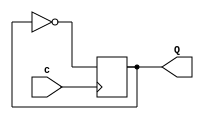
`timescale 1ns/1ps

module basic_d_ff(
        input wire c,
        output reg Q
);
      always @( posedge c)begin
            Q <= !Q;
      end
endmodule